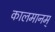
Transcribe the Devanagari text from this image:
कालमानम्